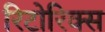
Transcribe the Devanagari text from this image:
रिटोरिक्स